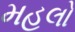
મહલો